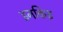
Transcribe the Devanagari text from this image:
इनकिइ